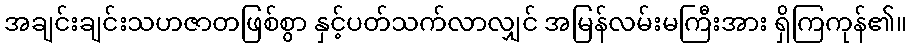
အချင်းချင်းသဟဇာတဖြစ်စွာ နှင့်ပတ်သက်လာလျှင် အမြန်လမ်းမကြီးအား ရှိကြကုန်၏။